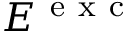
E ^ { \mathrm { ~ e ~ x ~ c ~ } }